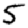
Digit: 5